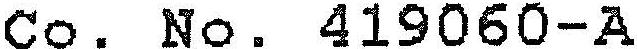
CO. NO. 419060-A